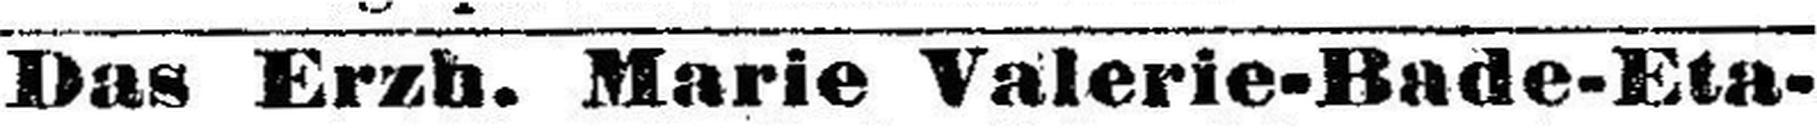
Das Erzh. Marie Valerie-Bade-Eta¬